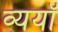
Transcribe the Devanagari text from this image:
व्ययॉ